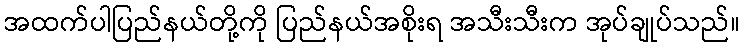
အထက်ပါပြည်နယ်တို့ကို ပြည်နယ်အစိုးရ အသီးသီးက အုပ်ချုပ်သည်။